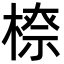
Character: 𣗟